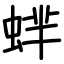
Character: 蝆